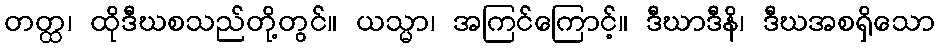
တတ္ထ၊ ထိုဒီဃစသည်တို့တွင်။ ယသ္မာ၊ အကြင်ကြောင့်။ ဒီဃာဒီနိ၊ ဒီဃအစရှိသော